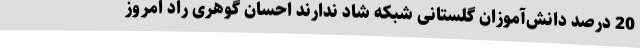
20 درصد دانش‌آموزان گلستانی شبکه شاد ندارند احسان گوهری راد امروز